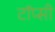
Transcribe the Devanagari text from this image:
टॉप्सी